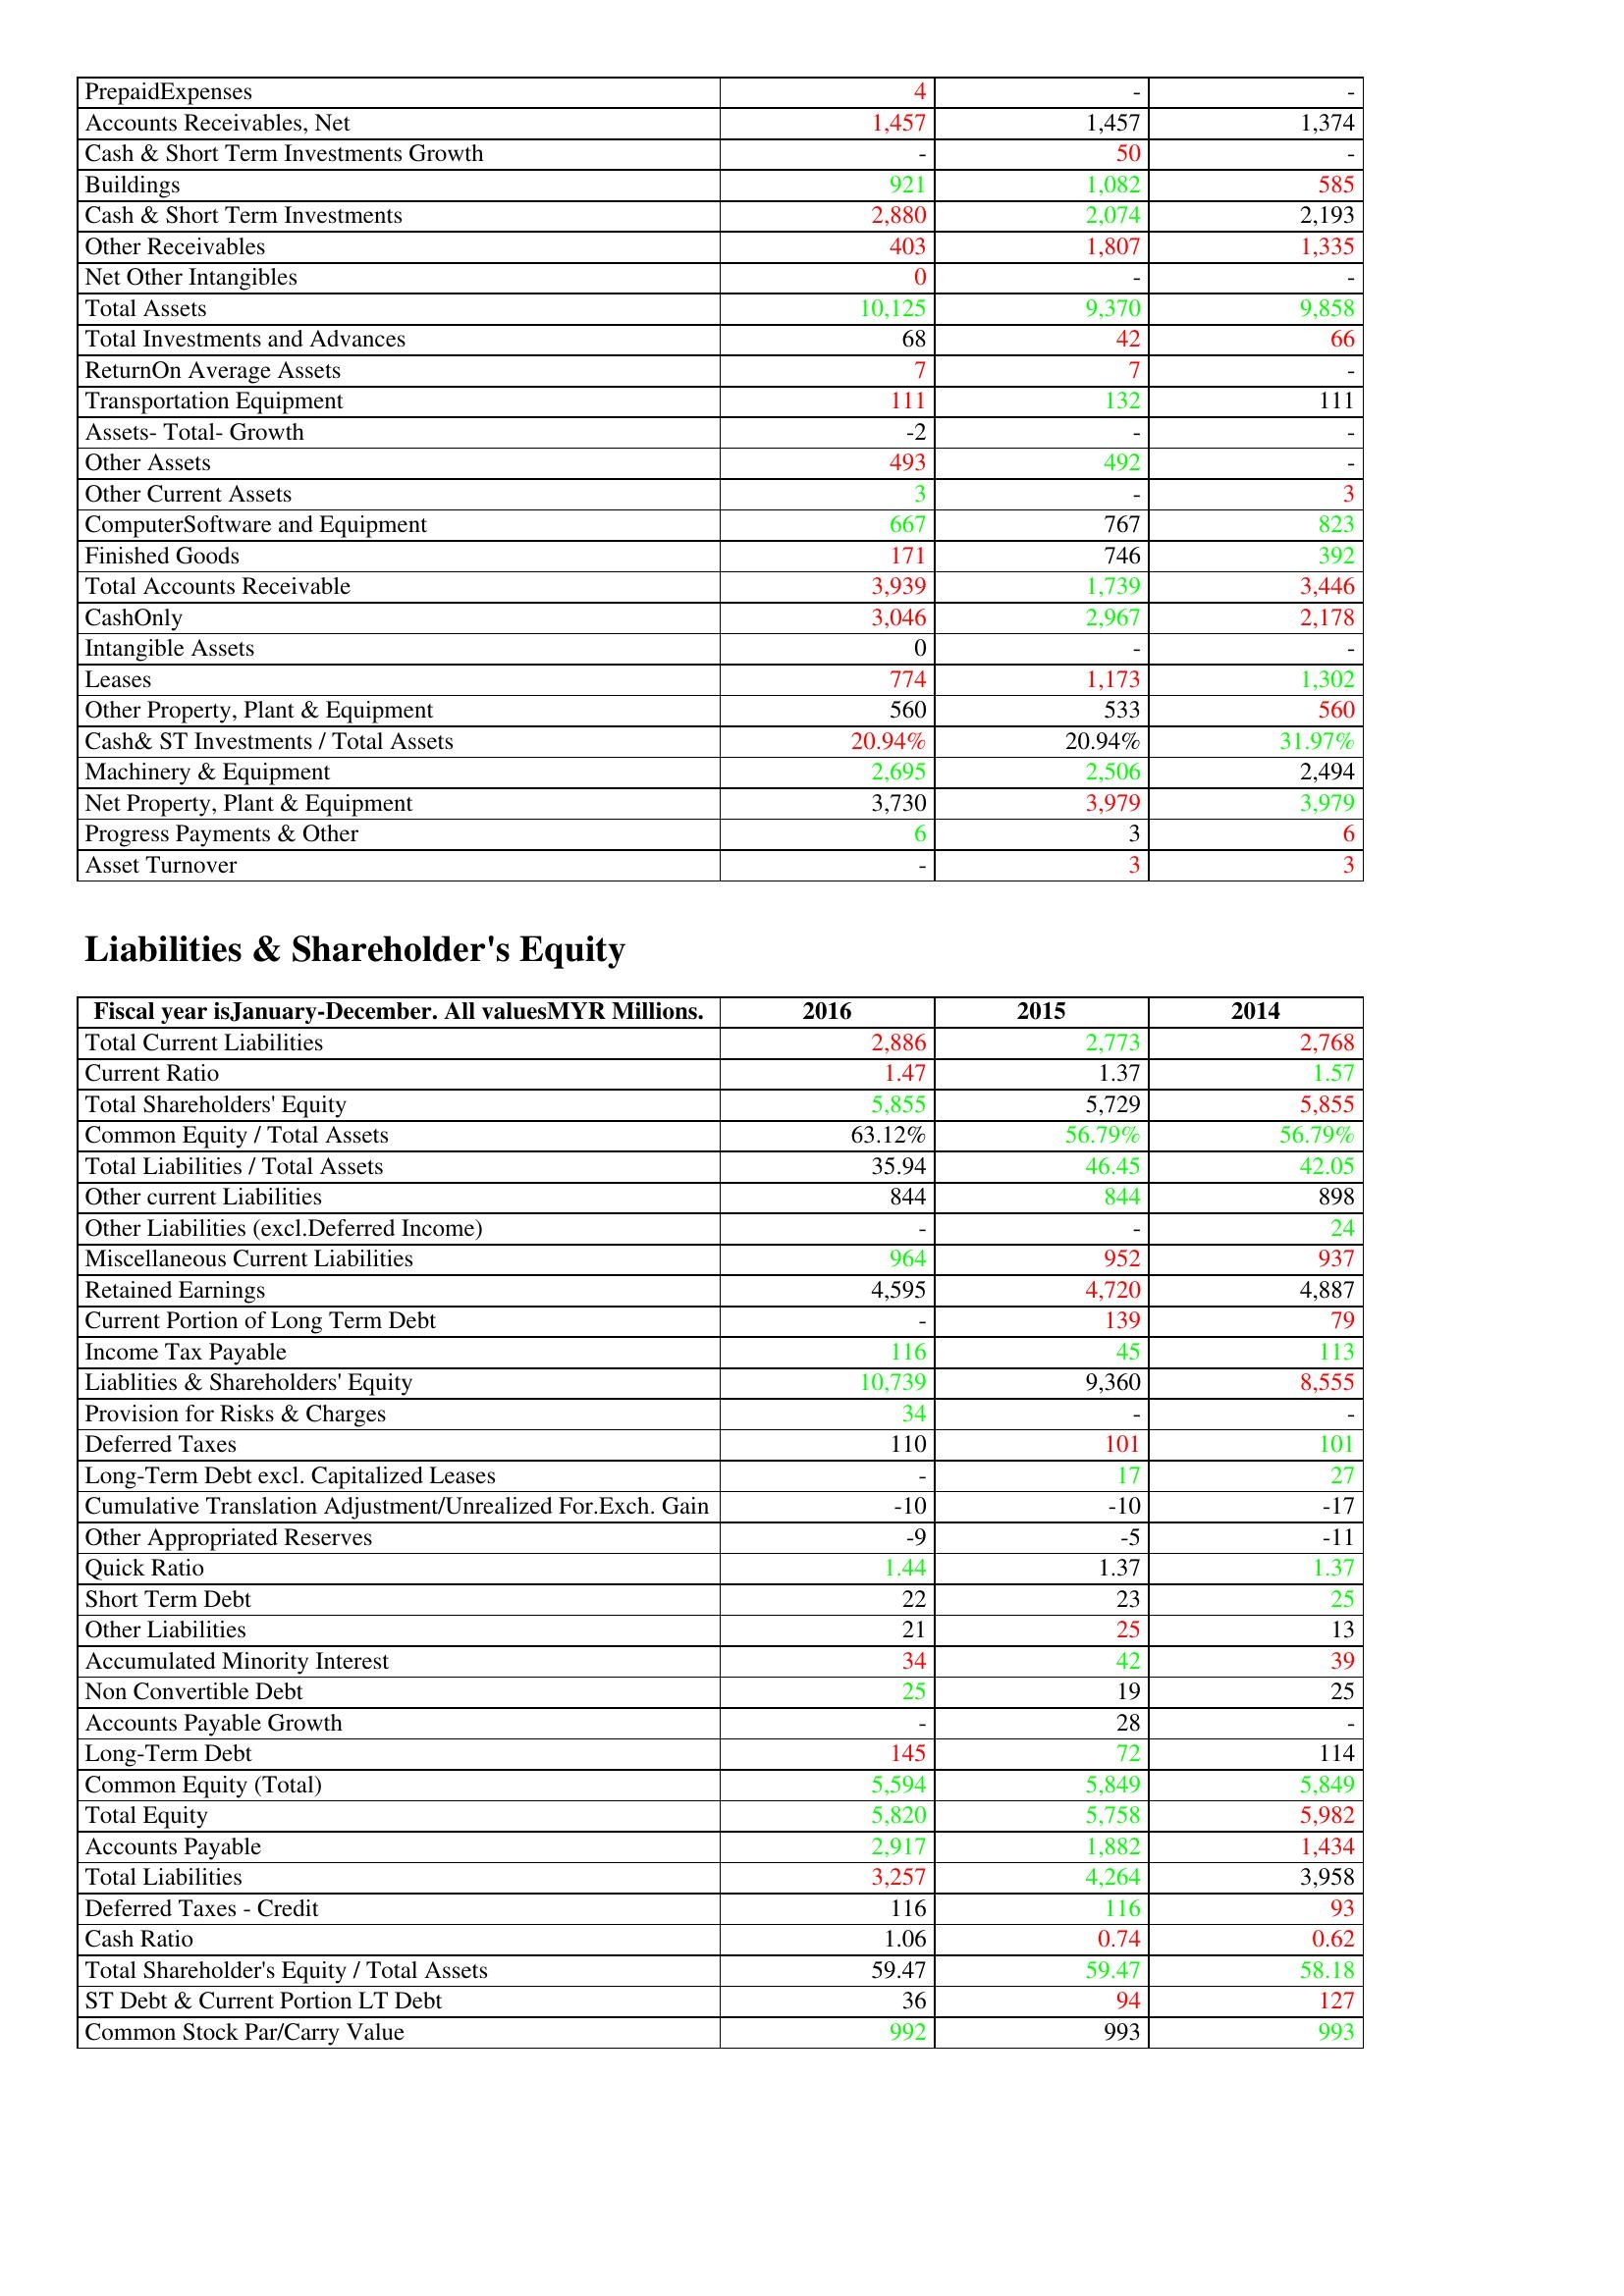
gt_parse: 2016: Assets: PrepaidExpenses: 4
Accounts Receivables, Net: 1,457
Cash & Short Term Investments Growth: -
Buildings: 921
Cash & Short Term Investments: 2,880
Other Receivables: 403
Net Other Intangibles: 0
Total Assets: 10,125
Total Investments and Advances: 68
ReturnOn Average Assets: 7
Transportation Equipment: 111
Assets- Total- Growth: -2
Other Assets: 493
Other Current Assets: 3
ComputerSoftware and Equipment: 667
Finished Goods: 171
Total Accounts Receivable: 3,939
CashOnly: 3,046
Intangible Assets: 0
Leases: 774
Other Property, Plant & Equipment: 560
Cash& ST Investments / Total Assets: 20.94%
Machinery & Equipment: 2,695
Net Property, Plant & Equipment: 3,730
Progress Payments & Other: 6
Asset Turnover: -
Liabilities & Shareholder's Equity: Total Current Liabilities: 2,886
Current Ratio: 1.47
Total Shareholders' Equity: 5,855
Common Equity / Total Assets: 63.12%
Total Liabilities / Total Assets: 35.94
Other current Liabilities: 844
Other Liabilities (excl.Deferred Income): -
Miscellaneous Current Liabilities: 964
Retained Earnings: 4,595
Current Portion of Long Term Debt: -
Income Tax Payable: 116
Liablities & Shareholders' Equity: 10,739
Provision for Risks & Charges: 34
Deferred Taxes: 110
Long-Term Debt excl. Capitalized Leases: -
Cumulative Translation Adjustment/Unrealized For.Exch. Gain: -10
Other Appropriated Reserves: -9
Quick Ratio: 1.44
Short Term Debt: 22
Other Liabilities: 21
Accumulated Minority Interest: 34
Non Convertible Debt: 25
Accounts Payable Growth: -
Long-Term Debt: 145
Common Equity (Total): 5,594
Total Equity: 5,820
Accounts Payable: 2,917
Total Liabilities: 3,257
Deferred Taxes - Credit: 116
Cash Ratio: 1.06
Total Shareholder's Equity / Total Assets: 59.47
ST Debt & Current Portion LT Debt: 36
Common Stock Par/Carry Value: 992
2015: Assets: PrepaidExpenses: -
Accounts Receivables, Net: 1,457
Cash & Short Term Investments Growth: 50
Buildings: 1,082
Cash & Short Term Investments: 2,074
Other Receivables: 1,807
Net Other Intangibles: -
Total Assets: 9,370
Total Investments and Advances: 42
ReturnOn Average Assets: 7
Transportation Equipment: 132
Assets- Total- Growth: -
Other Assets: 492
Other Current Assets: -
ComputerSoftware and Equipment: 767
Finished Goods: 746
Total Accounts Receivable: 1,739
CashOnly: 2,967
Intangible Assets: -
Leases: 1,173
Other Property, Plant & Equipment: 533
Cash& ST Investments / Total Assets: 20.94%
Machinery & Equipment: 2,506
Net Property, Plant & Equipment: 3,979
Progress Payments & Other: 3
Asset Turnover: 3
Liabilities & Shareholder's Equity: Total Current Liabilities: 2,773
Current Ratio: 1.37
Total Shareholders' Equity: 5,729
Common Equity / Total Assets: 56.79%
Total Liabilities / Total Assets: 46.45
Other current Liabilities: 844
Other Liabilities (excl.Deferred Income): -
Miscellaneous Current Liabilities: 952
Retained Earnings: 4,720
Current Portion of Long Term Debt: 139
Income Tax Payable: 45
Liablities & Shareholders' Equity: 9,360
Provision for Risks & Charges: -
Deferred Taxes: 101
Long-Term Debt excl. Capitalized Leases: 17
Cumulative Translation Adjustment/Unrealized For.Exch. Gain: -10
Other Appropriated Reserves: -5
Quick Ratio: 1.37
Short Term Debt: 23
Other Liabilities: 25
Accumulated Minority Interest: 42
Non Convertible Debt: 19
Accounts Payable Growth: 28
Long-Term Debt: 72
Common Equity (Total): 5,849
Total Equity: 5,758
Accounts Payable: 1,882
Total Liabilities: 4,264
Deferred Taxes - Credit: 116
Cash Ratio: 0.74
Total Shareholder's Equity / Total Assets: 59.47
ST Debt & Current Portion LT Debt: 94
Common Stock Par/Carry Value: 993
2014: Assets: PrepaidExpenses: -
Accounts Receivables, Net: 1,374
Cash & Short Term Investments Growth: -
Buildings: 585
Cash & Short Term Investments: 2,193
Other Receivables: 1,335
Net Other Intangibles: -
Total Assets: 9,858
Total Investments and Advances: 66
ReturnOn Average Assets: -
Transportation Equipment: 111
Assets- Total- Growth: -
Other Assets: -
Other Current Assets: 3
ComputerSoftware and Equipment: 823
Finished Goods: 392
Total Accounts Receivable: 3,446
CashOnly: 2,178
Intangible Assets: -
Leases: 1,302
Other Property, Plant & Equipment: 560
Cash& ST Investments / Total Assets: 31.97%
Machinery & Equipment: 2,494
Net Property, Plant & Equipment: 3,979
Progress Payments & Other: 6
Asset Turnover: 3
Liabilities & Shareholder's Equity: Total Current Liabilities: 2,768
Current Ratio: 1.57
Total Shareholders' Equity: 5,855
Common Equity / Total Assets: 56.79%
Total Liabilities / Total Assets: 42.05
Other current Liabilities: 898
Other Liabilities (excl.Deferred Income): 24
Miscellaneous Current Liabilities: 937
Retained Earnings: 4,887
Current Portion of Long Term Debt: 79
Income Tax Payable: 113
Liablities & Shareholders' Equity: 8,555
Provision for Risks & Charges: -
Deferred Taxes: 101
Long-Term Debt excl. Capitalized Leases: 27
Cumulative Translation Adjustment/Unrealized For.Exch. Gain: -17
Other Appropriated Reserves: -11
Quick Ratio: 1.37
Short Term Debt: 25
Other Liabilities: 13
Accumulated Minority Interest: 39
Non Convertible Debt: 25
Accounts Payable Growth: -
Long-Term Debt: 114
Common Equity (Total): 5,849
Total Equity: 5,982
Accounts Payable: 1,434
Total Liabilities: 3,958
Deferred Taxes - Credit: 93
Cash Ratio: 0.62
Total Shareholder's Equity / Total Assets: 58.18
ST Debt & Current Portion LT Debt: 127
Common Stock Par/Carry Value: 993